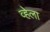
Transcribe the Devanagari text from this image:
व्हेला